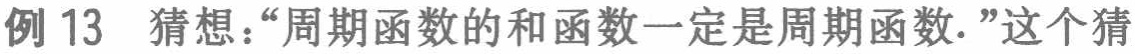
例 13 猜想：“周期函数的和函数一定是周期函数.”这个猜